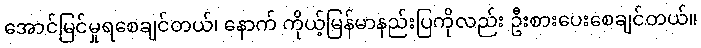
အောင်မြင်မှုရစေချင်တယ်၊ နောက် ကိုယ့်မြန်မာနည်းပြကိုလည်း ဦးစားပေးစေချင်တယ်။